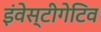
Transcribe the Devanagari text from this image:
इंवेस्टीगेटिव